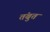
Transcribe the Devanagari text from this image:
तंबुत